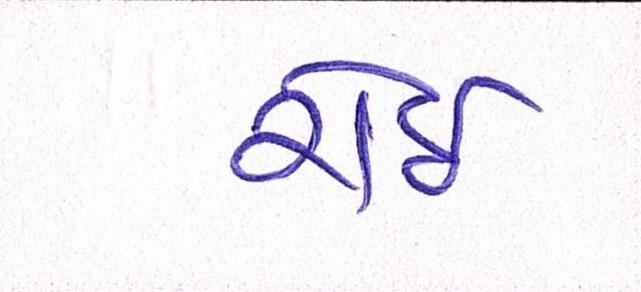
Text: રોઇ